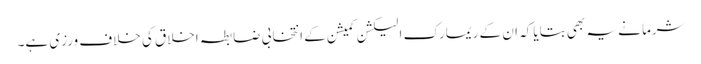
شرما نے یہ بھی بتایا کہ ان کے ریمارک الیکشن کمیشن کے انتخابی ضابطہ اخلاق کی خلاف ورزی ہے۔